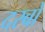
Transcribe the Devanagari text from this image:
दरबों